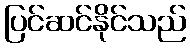
ပြင်ဆင်နိုင်သည်